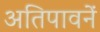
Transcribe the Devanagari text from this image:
अतिपावनें